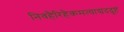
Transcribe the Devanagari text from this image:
निवहैरिहैकमत्याद्यददुष्टं